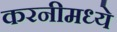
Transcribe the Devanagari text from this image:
करनीमध्ये